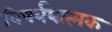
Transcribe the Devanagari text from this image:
विषर्ययात्मक